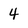
Character: 4